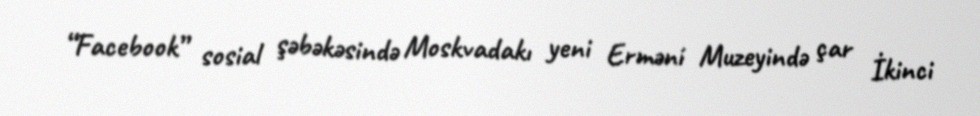
“Facebook” sosial şəbəkəsində Moskvadakı yeni Erməni Muzeyində çar İkinci